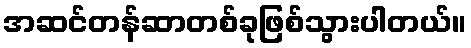
အဆင်တန်ဆာတစ်ခုဖြစ်သွားပါတယ်။